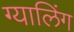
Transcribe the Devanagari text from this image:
ग्यालिंग